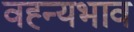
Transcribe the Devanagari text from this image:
वह्न्यभाव